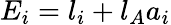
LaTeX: E_{i}=l_{i}+l_{A}a_{i}